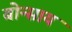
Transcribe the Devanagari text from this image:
बोन्साय